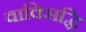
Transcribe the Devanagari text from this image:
वाक्सिद्धि